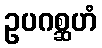
ဥပဂစ္ဆဟံ